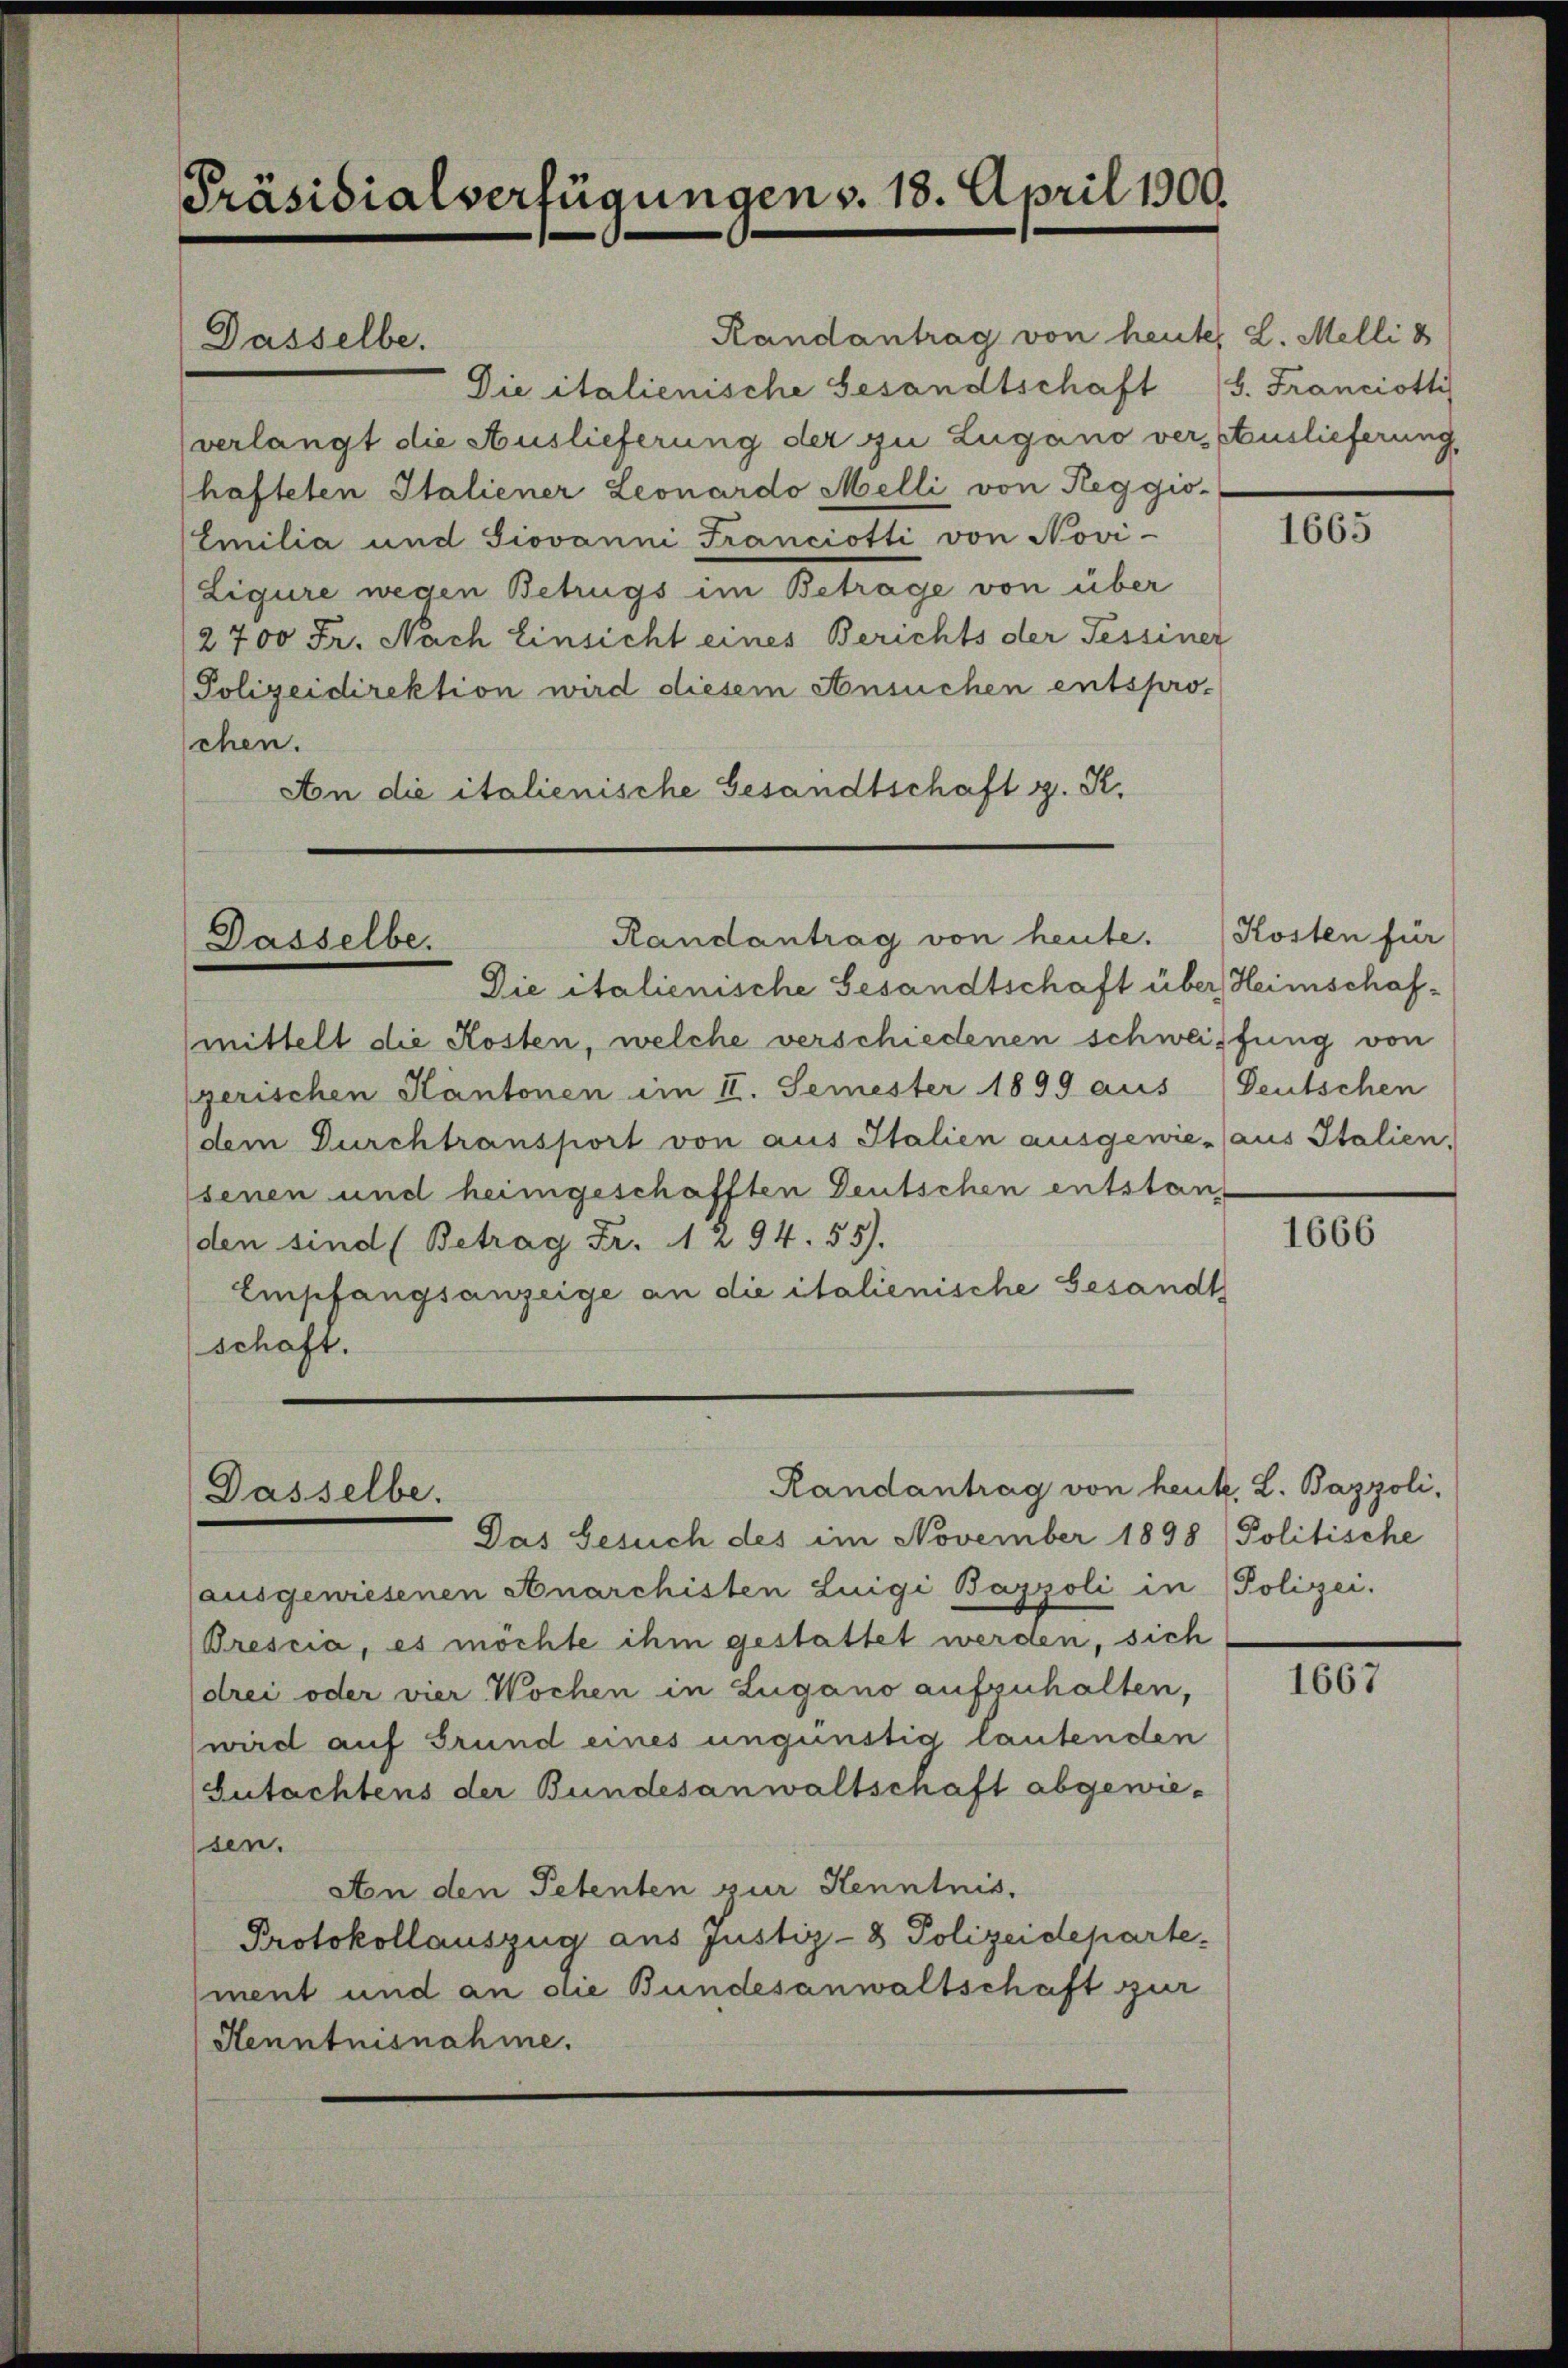
Präsidialverfügungens. 18. April 1900.

Dasselbe.

Randantrag von heute L. Melli d
Die italienische Gesandtschaft
verlangt die Auslieferung der zu Lugano vers Auslieferung,
hafteten Italiener Leonardo Melli von Reggio-
Emilia und Jiovanni Franciotti von Novi-
Ligure wegen Betrugs im Betrage von über
2700 Fr. Nach Einsicht eines Berichts der Tessiner
Polizeidirektion wird diesem Ansuchen entspro-
schen.
An die italienische Gesandtschaft g. R.

Dasselbe.

Dasselbe.

Randantrag von heut. L. Bazzoli,

Randantrag von heute.
Die italienische Gesandtschaft über Heimschafmittelt die Kosten, welche verschiedenen schweiffung von
gerischen Kantonen im II. Semester 1899 aus Deutschen
(dem Durchtransport von aus Italien ausgewie- (aus Italien,
senen und heimgeschafften Deutschen entstanz
den sind (Betrag Fr. 1 294. 55).
Empfangsanzeige an die italienische Gesandt
schaft.

Das Gesuch des im November 1898 (Politische
ausgewiesenen Anarchisten Luigi Bazzoli in Polizei.
Brescia, es möchte ihm gestattet werden, sich
drei oder vier Wochen in Lugano aufzuhalten,
wird auf Grund eines ungünstig lautenden
Gutachtens der Bundesanwaltschaft abgewiesen.
Aon den Petenten zur Kenntnis.
Protokollauszug aus Justiz- & Polizeideparte.
ment und an die Bundesanwaltschaft zur
Henntnisnahme.

b. Franciotti

1665

Kosten für

1666

1667